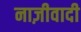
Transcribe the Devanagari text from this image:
नाज़ीवादी